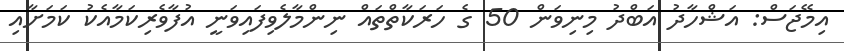
އިމޭޖަސް: އަޝްހާދު އަބްދު މިނިވަން 50 ގެ ހަރަކާތްތައް ނިންމާލެވިފައިވަނީ އުފާވެރިކަމާއެކު ކަމަށާއި